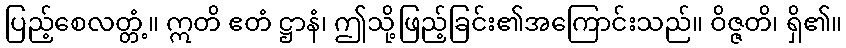
ပြည့်စေလတ္တံ့။ ဣတိ ဧတံ ဋ္ဌာနံ၊ ဤသို့ဖြည့်ခြင်း၏အကြောင်းသည်။ ဝိဇ္ဇတိ၊ ရှိ၏။